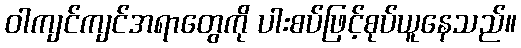
ဝါကျင်ကျင်အရာတွေကို ပါးစပ်ဖြင့်စုပ်ယူနေသည်။